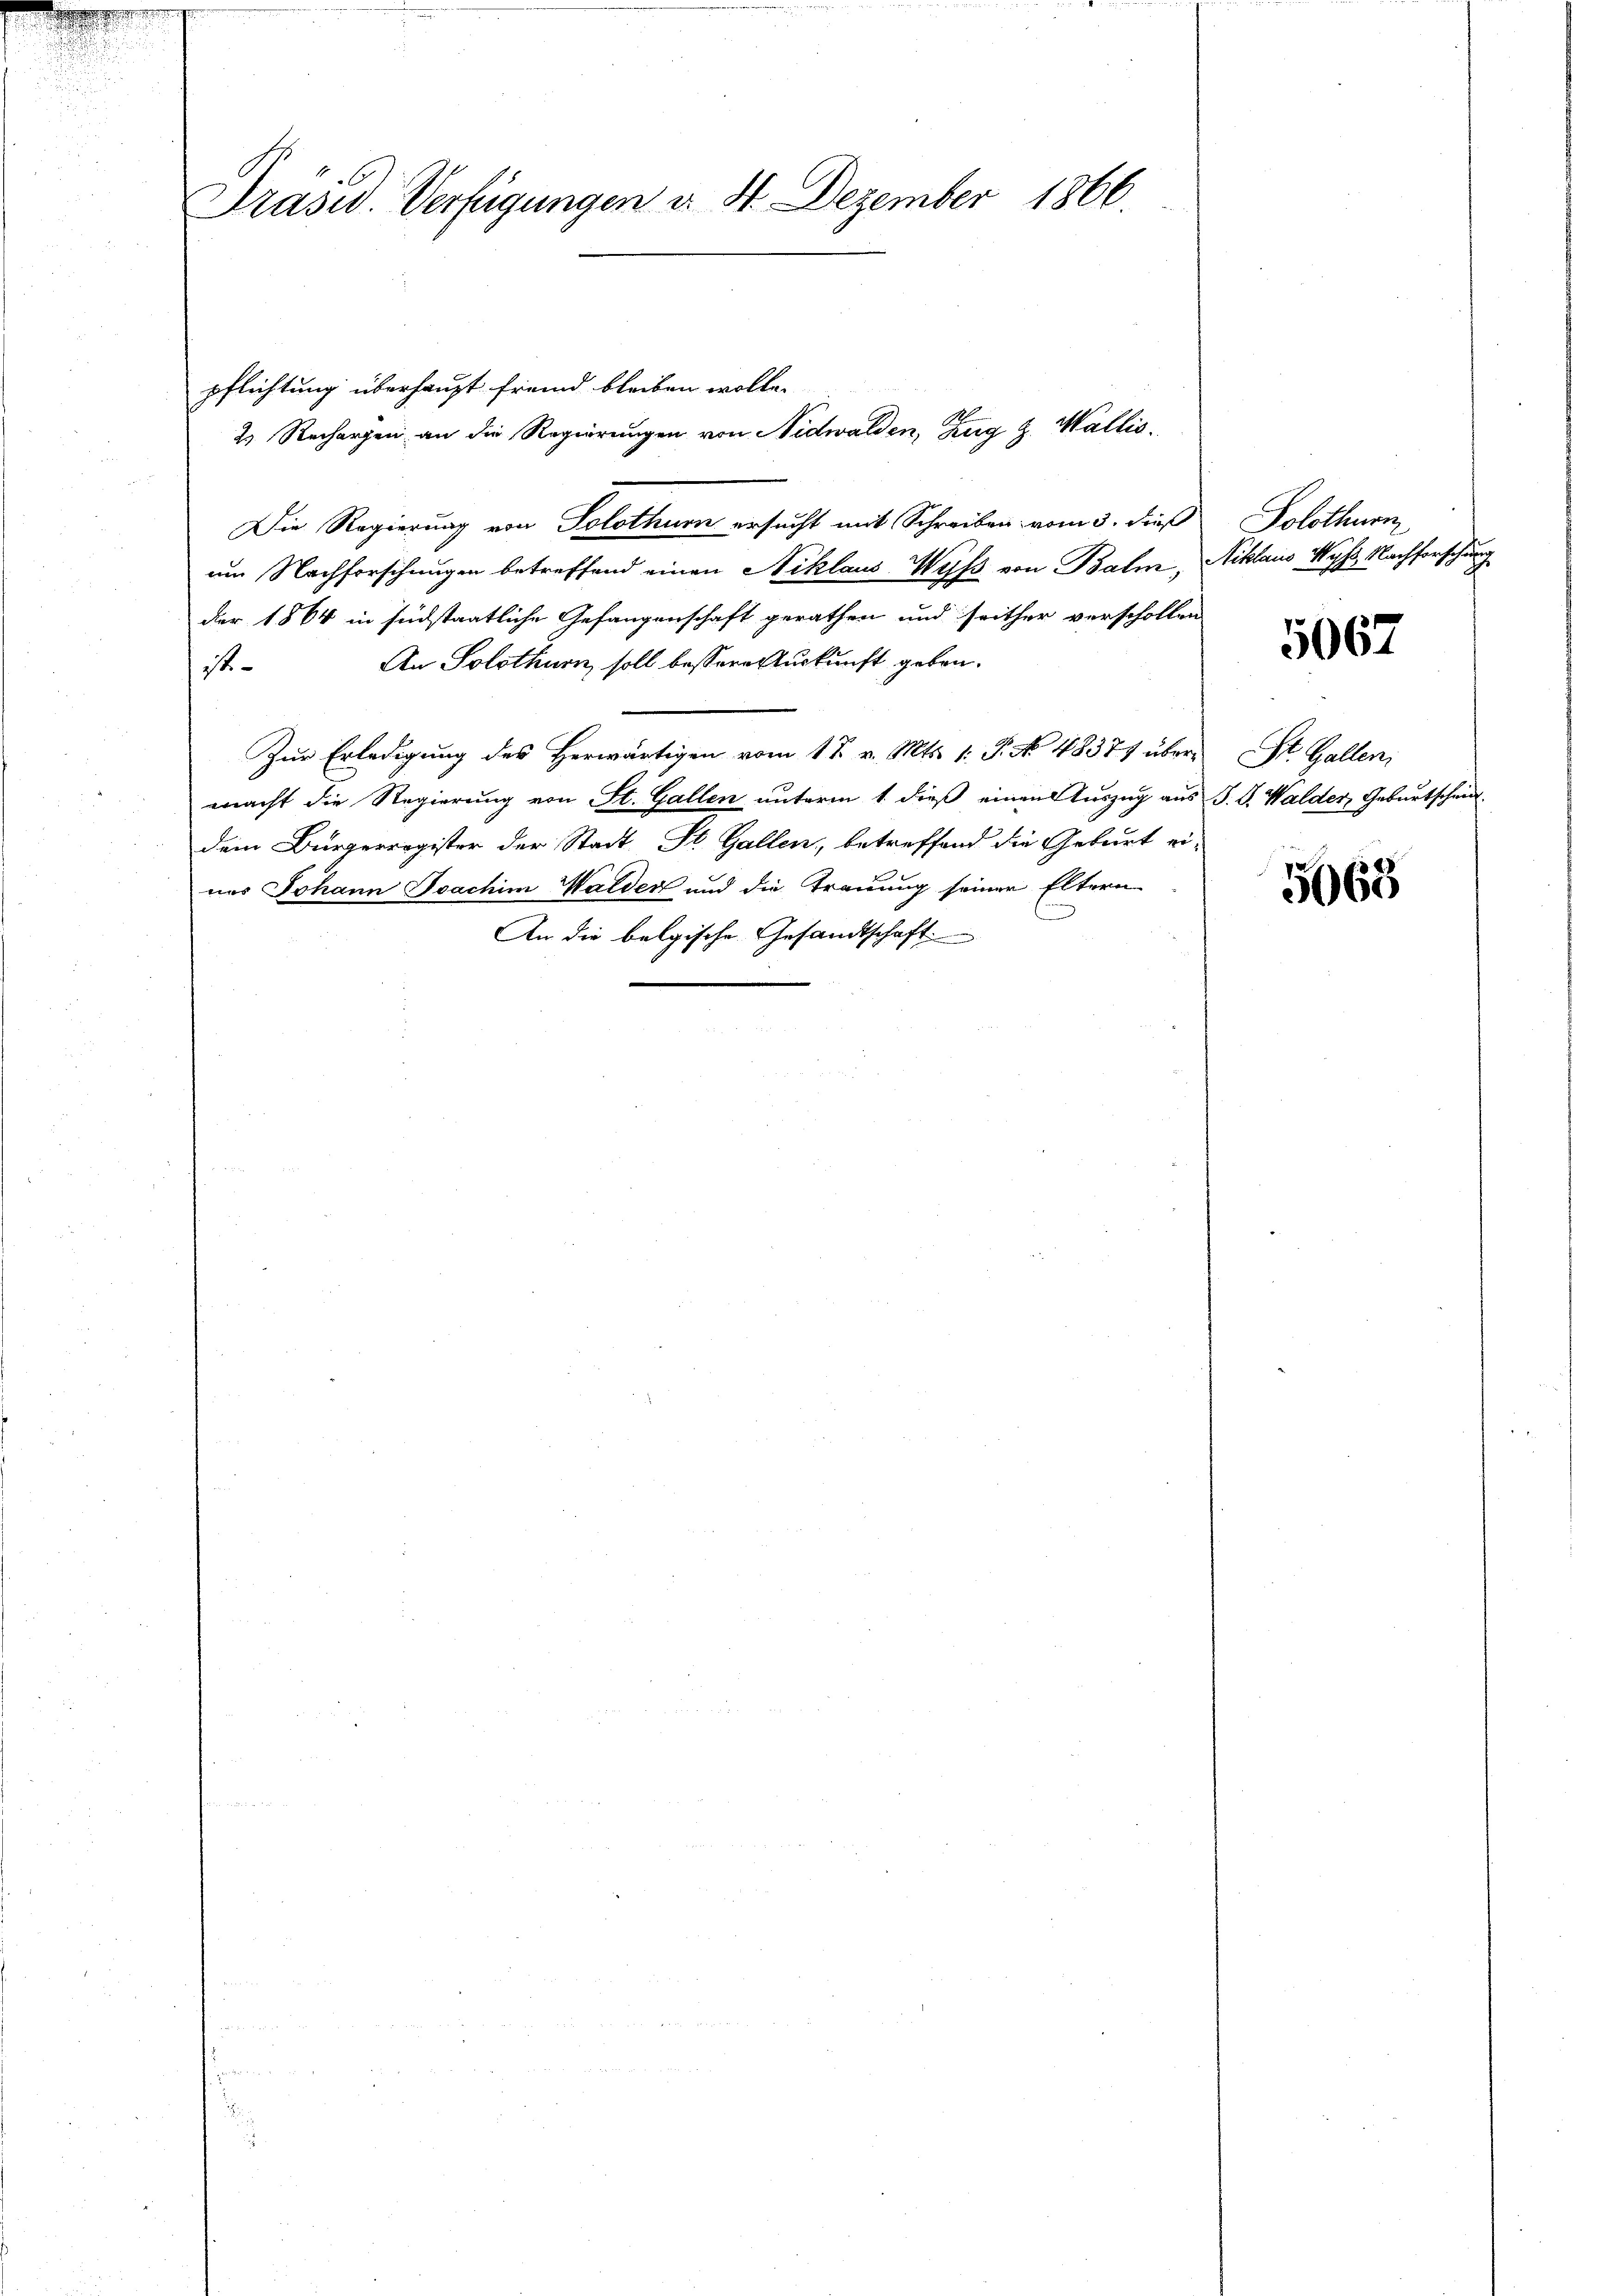
d
.
d

Präsid. Verfügungen d. 8. Dezember 1866.

2. Rechargen an die Regierungen von Nidwalden, Zug z. Wallis,
Die Regierung von Solothurn ersucht mit Schreiben vom 3. dieß
um Nachforschungen betreffend einen Niklaus Weiss von Balm, Niklaus Mys, Nachforschung
der 1864 in südstaatliche Gefangenschaft gerathen und seither verschollen
An Solothurn, soll bessere Auskunft gebon.
st
Zur Erledigung des Herwärtigen vom 1 t v. Mts. 1: P. No 48379 übermacht die Regierung von St. Gallen unterm 1. dieß einen Auszug aus J. J. Walder, Geburtschein
dem Bürgerregister der Stadt St. Gallen, betreffend die Geburt ei-
nes Johann Joachim Walder und die Trauung seiner Eltern
An die belgische Gesandtschaft

pflichtung überhaupt fremd bleiben wolle.

Solothurm

5067

St. Gallen

5063